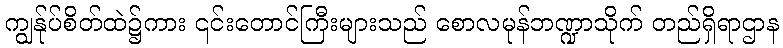
ကျွန်ုပ်စိတ်ထဲ၌ကား ၎င်းတောင်ကြီးများသည် စောလမုန်ဘဏ္ဍာသိုက် တည်ရှိရာဌာန